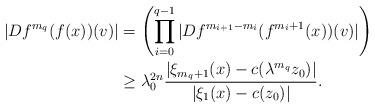
LaTeX: \begin{align*}|Df^{m_q}(f(x))(v)|&=\left(\prod_{i=0}^{q-1} |Df^{m_{i+1}-m_i}(f^{m_i+1}(x))(v)| \right) \\&\geq \lambda_0^{2n} \frac{ |\xi_{m_{q}+1}(x)-c(\lambda^{m_{q}}z_0)|}{ |\xi_1(x)-c(z_0)| }.\end{align*}